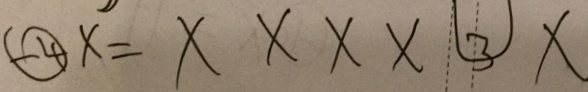
\textcircled { - 4 } x = x x x x \textcircled { 3 } x